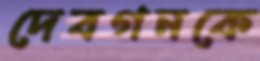
দেবগনকে